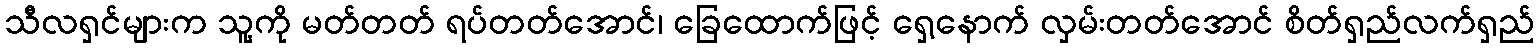
သီလရှင်များက သူ့ကို မတ်တတ် ရပ်တတ်အောင်၊ ခြေထောက်ဖြင့် ရှေ့နောက် လှမ်းတတ်အောင် စိတ်ရှည်လက်ရှည်